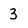
Character: 3